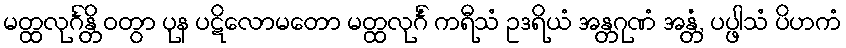
မတ္ထလုင်္ဂန္တိ ဝတွာ ပုန ပဋိလောမတော မတ္ထလုင်္ဂံ ကရီသံ ဥဒရိယံ အန္တဂုဏံ အန္တံ, ပပ္ဖါသံ ပိဟကံ